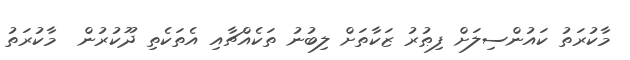
މާކުރަތު ކައުންސިލަށް ފިޠުރު ޒަކާތަށް ލިބުނު ތަކެއްޗާއި އެތަކެތި ދޫކުރުން  މާކުރަތު